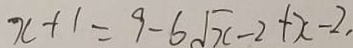
x + 1 = 9 - 6 \sqrt { x - 2 } + x - 2